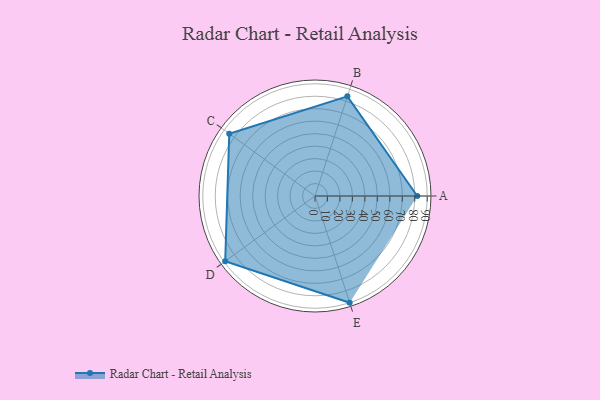
{"axis": {"x": "Skill", "y": "Score"}, "legend": ["Profile"], "data": [{"x": "A", "y": 82.0, "type": "Profile"}, {"x": "B", "y": 84.0, "type": "Profile"}, {"x": "C", "y": 85.0, "type": "Profile"}, {"x": "D", "y": 89.0, "type": "Profile"}, {"x": "E", "y": 90.0, "type": "Profile"}]}